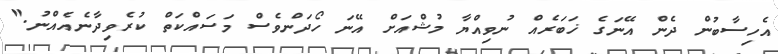
އެހިސާބުން ދެން އޭނަގެ ޚަބަރެއް ނުވިއްޔާ މުޝްއަށް އޭނަ ހޯދަންވެސް މަސައްކަތް ކުރެވިދާނެއެއްނު."